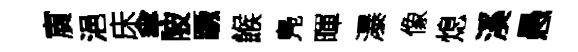
賔浥床傘陂蹶餱鳬暉瀑像熄溪愚